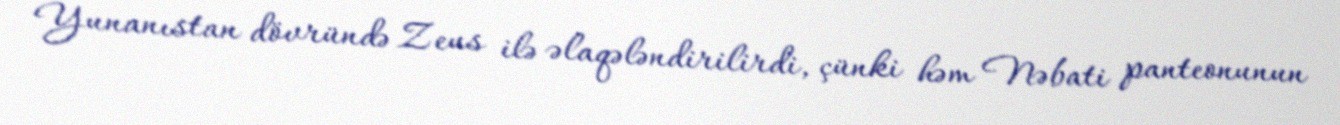
Yunanıstan dövründə Zeus ilə əlaqələndirilirdi, çünki həm Nəbati panteonunun